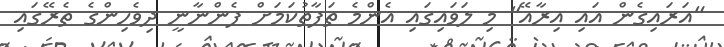
"އަރައިގެން އައި އިރާއޭ" މި ލަވައިގައި އެންމެ ތަފާތުކަމަށް ފެންނާނީ ދިވެހިންގެ ތެރޭގައި